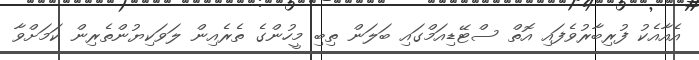
އެއާއެކު ފުރިބާރުވެފައި އޮތް ސްޓޭޑިއަމްގައި ބަލަން ތިބި މީހުންގެ ތެރެއިން ލަވަކިޔުންތެރިން ކަމަށްވާ